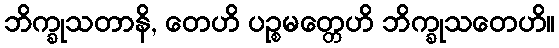
ဘိက္ခုသတာနိ, တေဟိ ပဉ္စမတ္တေဟိ ဘိက္ခုသတေဟိ။